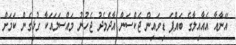
އޭނާއާ އެއާއިލާގެ ބައްޕަ ޑިވައިން ޖެކްސަން އާދެމެދު ޖެހުނު މައްސަލައަކާ ގުޅިގެން ކަމަށް